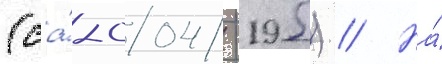
(са́-004/ -195) // На́